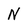
Character: N